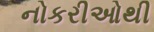
નોકરીઓથી